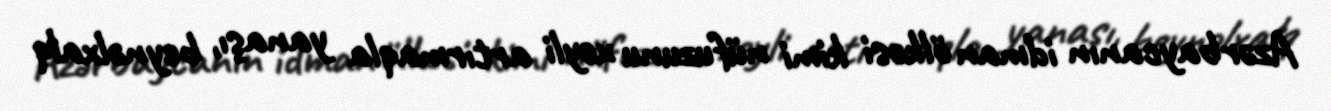
Azərbaycanın idman ölkəsi kimi nüfuzunu xeyli artırmaqla yanaşı, beynəlxalq